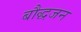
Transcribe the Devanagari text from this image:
बौद्धजन